Regulations for the medical services of the Army of India
Year: 1930
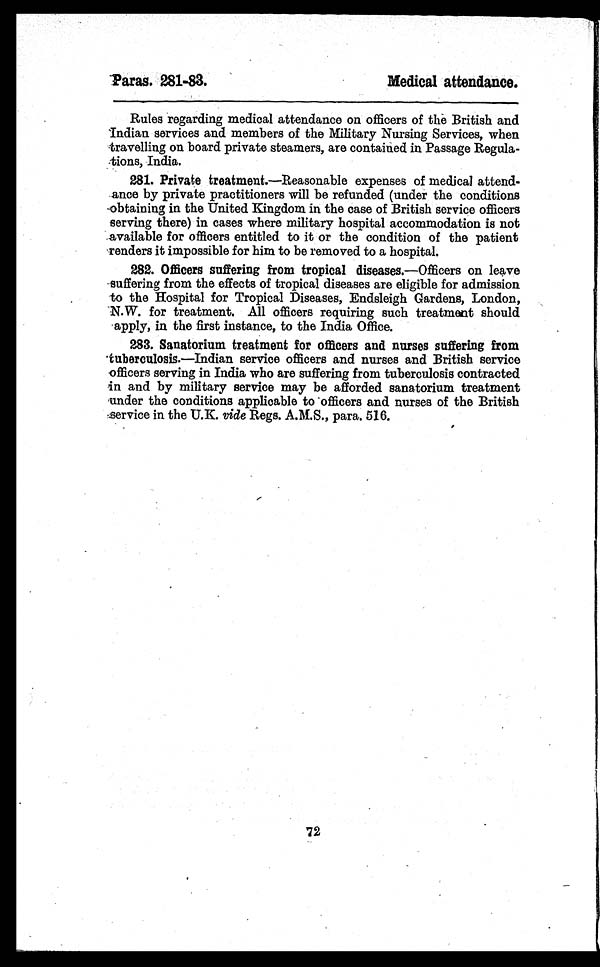
Paras. 281-83.
Medical attendance.
Rules regarding medical attendance on officers of the British and
Indian services and members of the Military Nursing Services, when
travelling on board private steamers, are contained in Passage Regula-
tions, India.
281. Private treatment.—Reasonable expenses of medical attend-
ance by private practitioners will be refunded (under the conditions
obtaining in the United Kingdom in the case of British service officers
serving there) in cases where military hospital accommodation is not
available for officers entitled to it or the condition of the patient
renders it impossible for him to be removed to a hospital.
282. Officers suffering from tropical diseases.—Officers on leave
suffering from the effects of tropical diseases are eligible for admission
to the Hospital for Tropical Diseases, Endsleigh Gardens, London,
N.W. for treatment. All officers requiring such treatment should
apply, in the first instance, to the India Office.
283. Sanatorium treatment for officers and nurses suffering from
tuberculosis.—Indian service officers and nurses and British service
officers serving in India who are suffering from tuberculosis contracted
in and by military service may be afforded sanatorium treatment
under the conditions applicable to officers and nurses of the British
service in the U.K. vide Regs. A.M.S., para. 516.
72